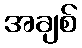
အချစ်